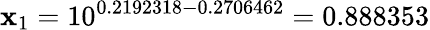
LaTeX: \mathbf{x}_{1}=10^{0.2192318-0.2706462}=0.888353